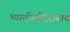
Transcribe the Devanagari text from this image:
भारतीयहैदराबाद